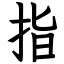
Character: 指